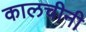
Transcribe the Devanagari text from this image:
कालचीनी